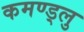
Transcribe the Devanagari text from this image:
कमण्ड्लु